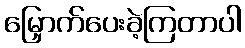
မြှောက်ပေးခဲ့ကြတာပါ